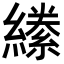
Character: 𦅌